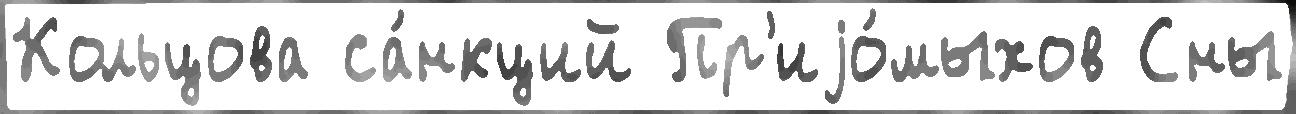
Кольцова са́нкций Пр'иjо́мыхов Сны